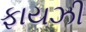
ફાયઝી